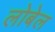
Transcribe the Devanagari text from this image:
लोबेल